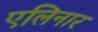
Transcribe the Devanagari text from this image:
एलिनार